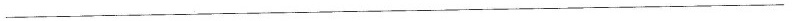
___